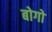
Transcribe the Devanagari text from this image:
बोगो